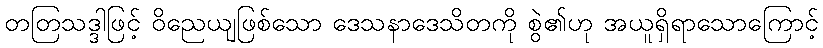
တတြသဒ္ဒါဖြင့် ဝိညေယျဖြစ်သော ဒေသနာဒေသိတကို စွဲ၏ဟု အယူရှိရာသောကြောင့်